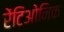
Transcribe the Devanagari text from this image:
रेंटिओनिक